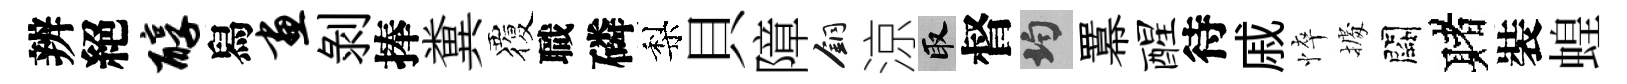
辨絕醇舄画剝捧糞覆職磷梨貝障銅涼取督均羃醒待戚悴𢴃闕赌裝蝗